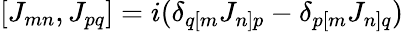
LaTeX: [J_{mn},J_{pq}]=i(\delta_{q[m}J_{n]p}-\delta_{p[m}J_{n]q})